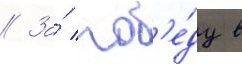
// За́ поб'е́ду в